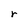
Character: r